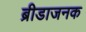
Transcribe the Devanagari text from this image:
ब्रीडाजनक